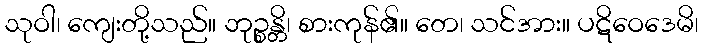
သုဝါ၊ ကျေးတို့သည်။ ဘုဉ္စန္တိ၊ စားကုန်၏။ တေ၊ သင်အား။ ပဋိဝေဒေမိ၊